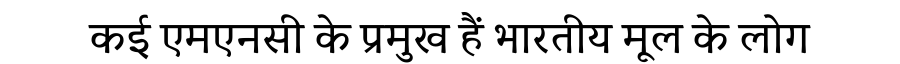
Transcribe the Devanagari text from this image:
कई एमएनसी के प्रमुख हैं भारतीय मूल के लोग